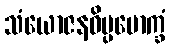
သံယောဇနဝိပ္ပမောက္ခံ